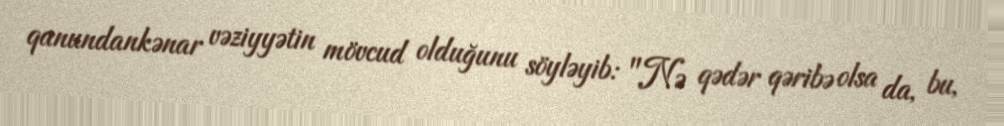
qanundankənar vəziyyətin mövcud olduğunu söyləyib: "Nə qədər qəribə olsa da, bu,